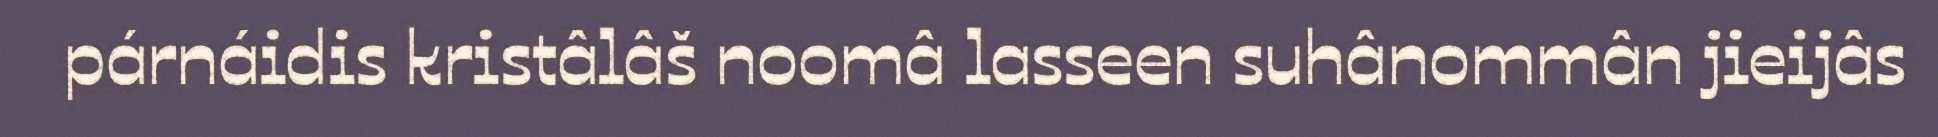
párnáidis kristâlâš noomâ lasseen suhânommân jieijâs